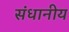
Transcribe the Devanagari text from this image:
संधानीय